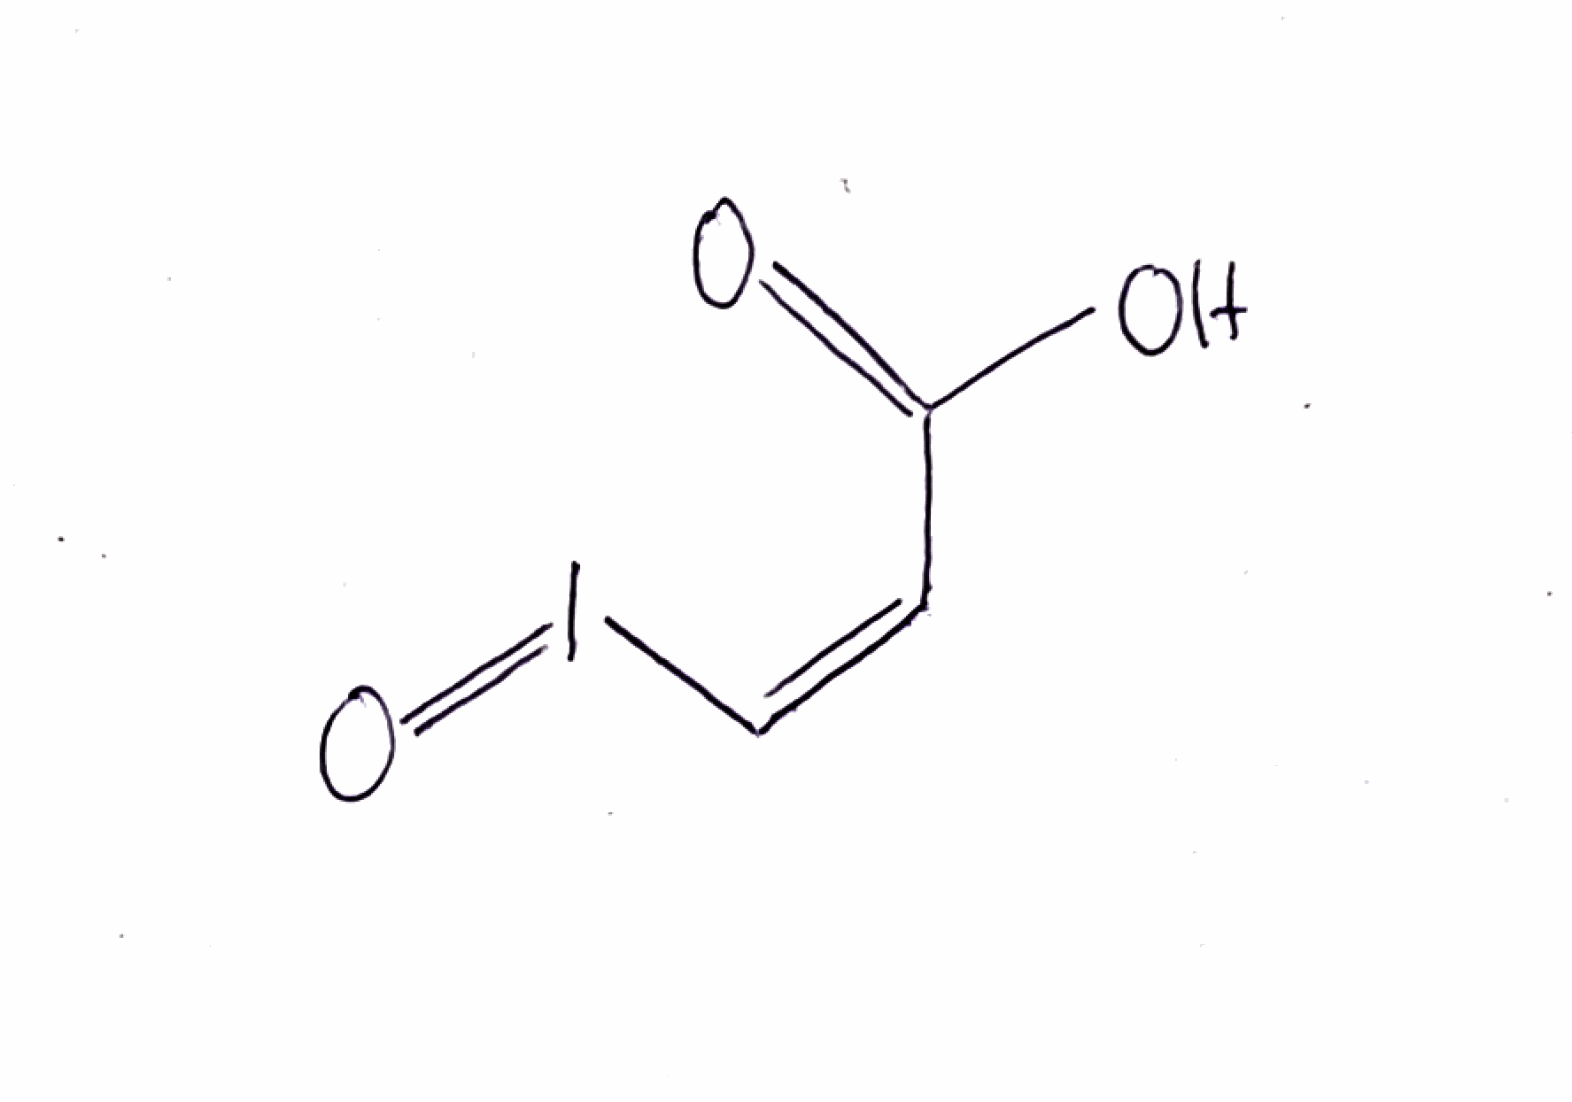
Simplified molecular-input line-entry system (SMILES) notation of the given molecule:
C(=C\I=O)\C(=O)O